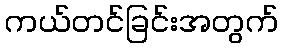
ကယ်တင်ခြင်းအတွက်